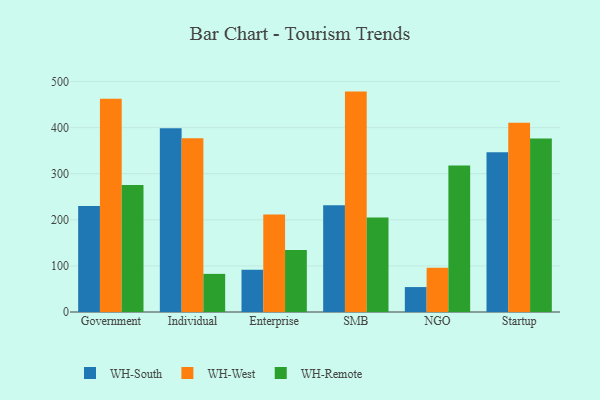
{"axis": {"x": "Segment", "y": "Demand Index"}, "legend": ["WH-Remote", "WH-South", "WH-West"], "data": [{"x": "Government", "y": 230.2, "type": "WH-South"}, {"x": "Government", "y": 462.9, "type": "WH-West"}, {"x": "Government", "y": 275.3, "type": "WH-Remote"}, {"x": "Individual", "y": 398.9, "type": "WH-South"}, {"x": "Individual", "y": 376.8, "type": "WH-West"}, {"x": "Individual", "y": 82.7, "type": "WH-Remote"}, {"x": "Enterprise", "y": 91.6, "type": "WH-South"}, {"x": "Enterprise", "y": 211.8, "type": "WH-West"}, {"x": "Enterprise", "y": 134.4, "type": "WH-Remote"}, {"x": "SMB", "y": 231.7, "type": "WH-South"}, {"x": "SMB", "y": 478.2, "type": "WH-West"}, {"x": "SMB", "y": 205.2, "type": "WH-Remote"}, {"x": "NGO", "y": 54.1, "type": "WH-South"}, {"x": "NGO", "y": 96.2, "type": "WH-West"}, {"x": "NGO", "y": 318.1, "type": "WH-Remote"}, {"x": "Startup", "y": 346.8, "type": "WH-South"}, {"x": "Startup", "y": 410.7, "type": "WH-West"}, {"x": "Startup", "y": 376.5, "type": "WH-Remote"}]}